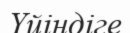
Үйіндіге